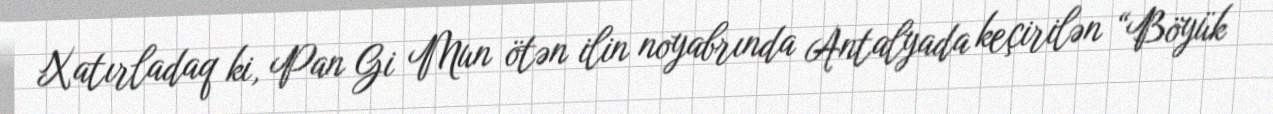
Xatırladaq ki, Pan Gi Mun ötən ilin noyabrında Antalyada keçirilən “Böyük